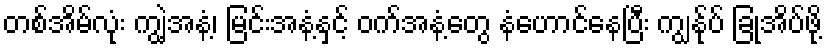
တစ်အိမ်လုံး ကျွဲ့အနံ့၊ မြင်းအနံ့နှင့် ဝက်အနံ့တွေ နံဟောင်နေပြီး ကျွန်ုပ် ခြုအိပ်ဖို့